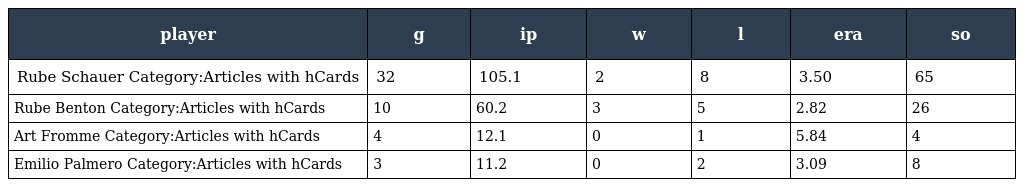
| player | g | ip | w | l | era | so |
 | --- | --- | --- | --- | --- | --- | --- |
 | Rube Schauer Category:Articles with hCards | 32 | 105.1 | 2 | 8 | 3.50 | 65 |
 | Rube Benton Category:Articles with hCards | 10 | 60.2 | 3 | 5 | 2.82 | 26 |
 | Art Fromme Category:Articles with hCards | 4 | 12.1 | 0 | 1 | 5.84 | 4 |
 | Emilio Palmero Category:Articles with hCards | 3 | 11.2 | 0 | 2 | 3.09 | 8 |